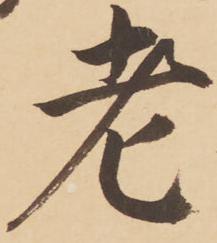
老